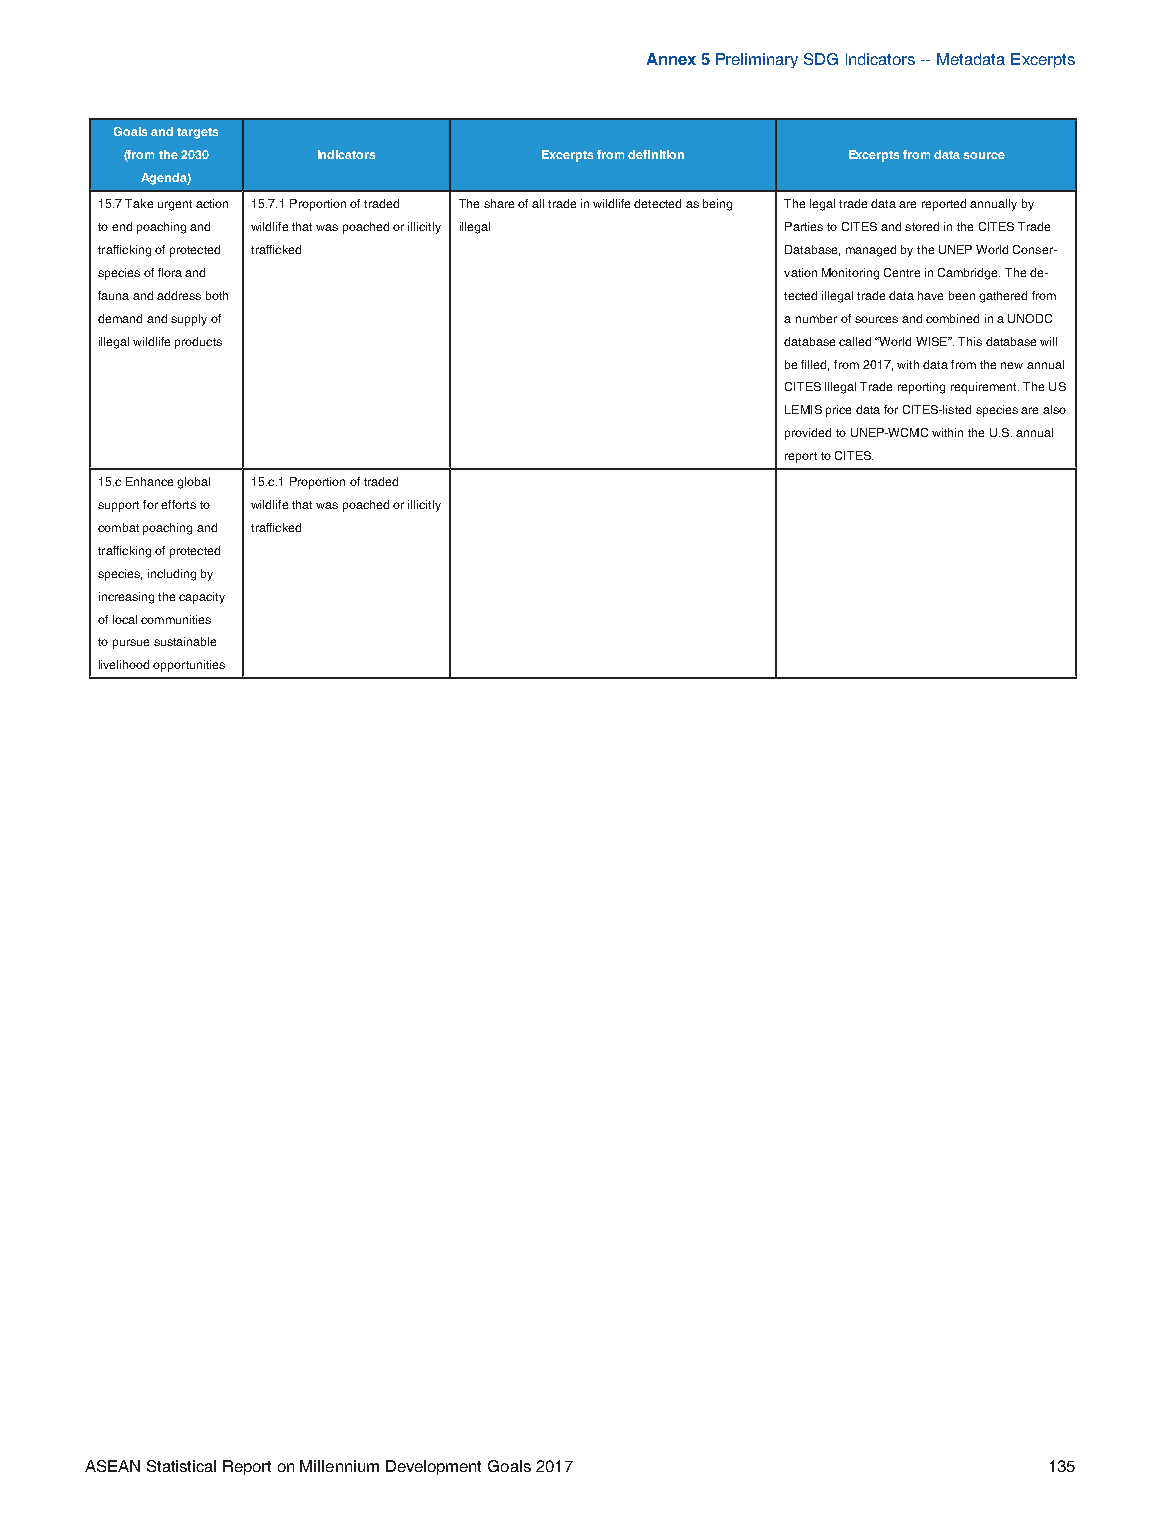
Annex 5 Preliminary SDG Indicators -- Metadata Excerpts
 Goals and targets
 (from the 2030 Indicators   Excerpts from definition Excerpts from data source
 Agenda)
 15.7 Take urgent action 15.7.1 Proportion of traded The share of all trade in wildlife detected as being The legal trade data are reported annually by
 to end poaching and wildlife that was poached or illicitly illegal Parties to CITES and stored in the CITES Trade
 trafficking of protected trafficked           Database, managed by the UNEP World Conser-
 species of flora and                          vation Monitoring Centre in Cambridge. The de-
 fauna and address both                        tected illegal trade data have been gathered from
 demand and supply of                          a number of sources and combined in a UNODC
 illegal wildlife products                     database called “World WISE”. This database will
 be filled, from 2017, with data from the new annual
 CITES Illegal Trade reporting requirement. The US
 LEMIS price data for CITES-listed species are also
 provided to UNEP-WCMC within the U.S. annual
 report to CITES.
 15.c Enhance global 15.c.1 Proportion of traded
 support for efforts to wildlife that was poached or illicitly
 combat poaching and trafficked
 trafficking of protected
 species, including by
 increasing the capacity
 of local communities
 to pursue sustainable
 livelihood opportunities
 ASEAN Statistical Report on Millennium Development Goals 2017  135